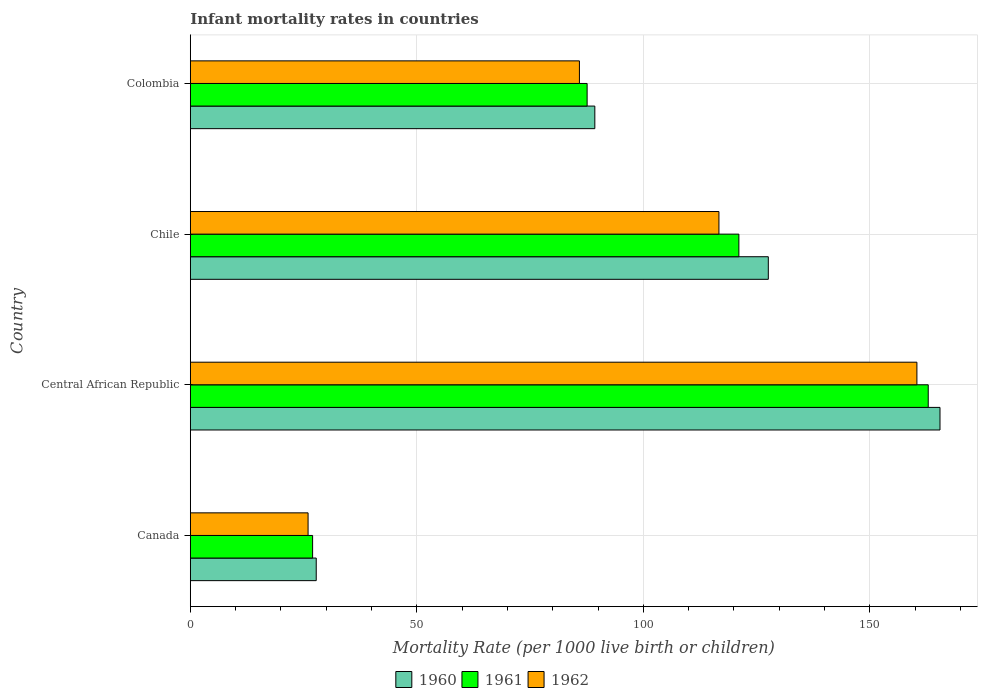
| Country | 1960 | 1961 | 1962 |
 | --- | --- | --- | --- |
 | Canada | 27.8 | 27 | 26 |
 | Central African Republic | 166 | 163 | 160 |
 | Chile | 128 | 121 | 117 |
 | Colombia | 89.3 | 87.6 | 85.9 |